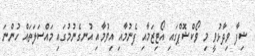
ޝިފާ ވިދާޅުވީ މި ވޯކްޝޮޕްގައި އޯޓިޒަމާއި ފެނުމާއި އިވުމާއި އުނގެނުމުގައި މައްސަލަތައް ހުންނަ